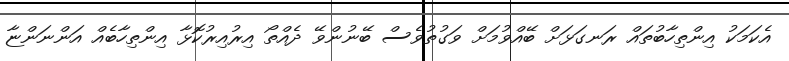
އެކަމަކު އިންތިހާބުތައް ރަނގަޅަށް ބޭއްވުމަށް ވަގުތުވެސް ބޭނުންވޭ ދެއްތޯ އިރުއިރުކޮޅާ އިންތިހާބެއް އަންނަންޏާ